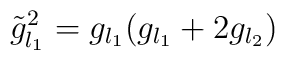
\tilde{g}_{l_1}^2=g_{l_1}(g_{l_1}+2g_{l_2})